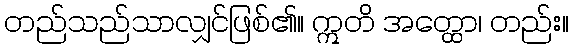
တည်သည်သာလျှင်ဖြစ်၏။ ဣတိ အတ္ထော၊ တည်း။